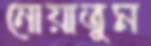
নোয়াতুম